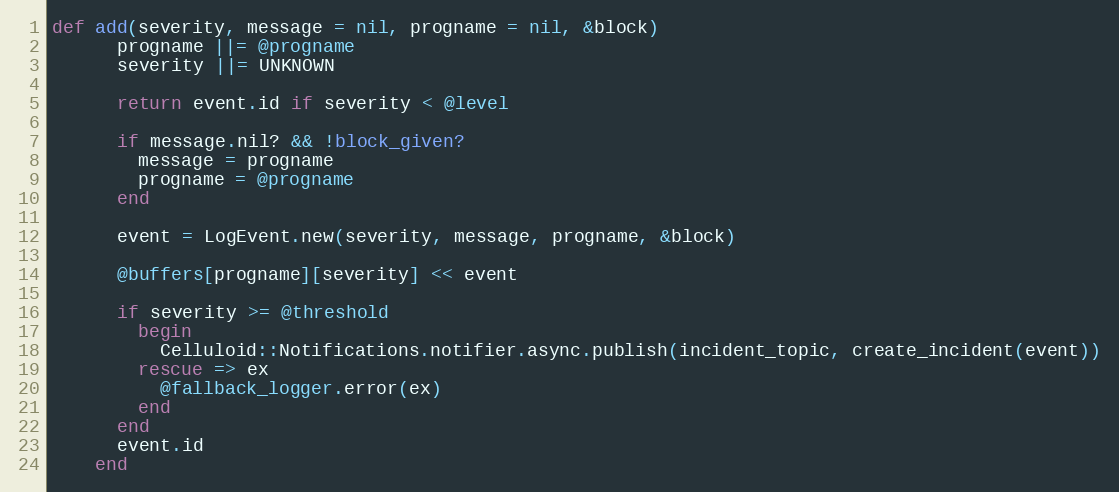
Language: Ruby
def add(severity, message = nil, progname = nil, &block)
      progname ||= @progname
      severity ||= UNKNOWN

      return event.id if severity < @level

      if message.nil? && !block_given?
        message = progname
        progname = @progname
      end

      event = LogEvent.new(severity, message, progname, &block)

      @buffers[progname][severity] << event

      if severity >= @threshold
        begin
          Celluloid::Notifications.notifier.async.publish(incident_topic, create_incident(event))
        rescue => ex
          @fallback_logger.error(ex)
        end
      end
      event.id
    end